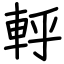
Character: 軤